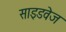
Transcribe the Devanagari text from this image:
साइडवेज